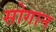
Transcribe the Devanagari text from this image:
सोगान